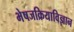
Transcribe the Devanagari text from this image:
भेषजक्रियाविज्ञान